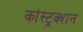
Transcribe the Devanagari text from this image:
कांस्ट्रक्शन